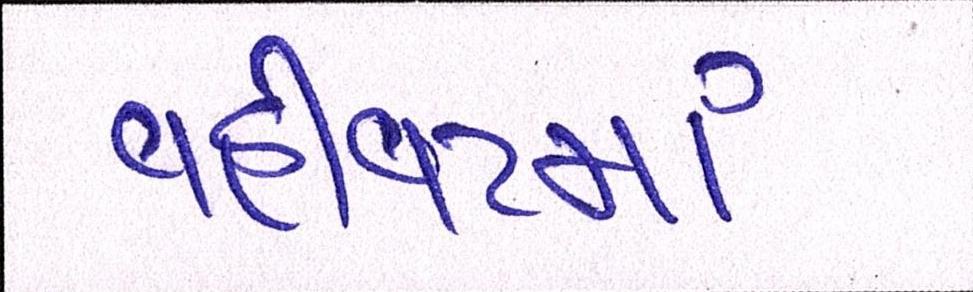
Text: વહીવટમાં